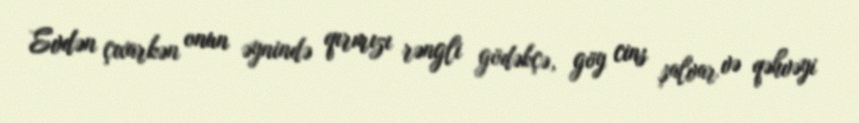
Evdən çıxarkən onun əynində qırmızı rəngli gödəkçə, göy cins şalvar və qəhvəyi